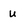
Character: u